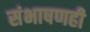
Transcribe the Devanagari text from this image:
संभाषणही